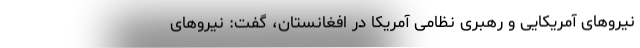
نیروهای آمریکایی و رهبری نظامی آمریکا در افغانستان، گفت: نیروهای